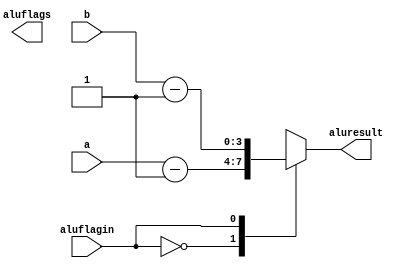
`timescale 1ns / 1ps
//////////////////////////////////////////////////////////////////////////////////
// Company: 
// Engineer: 
// 
// Design Name: 
// Module Name: Res1
// Project Name: 
// Target Devices: 
// Tool Versions: 
// Description: 
// 
// Dependencies: 
// 
// Revision:
// Revision 0.01 - File Created
// Additional Comments:
// 
//////////////////////////////////////////////////////////////////////////////////


module Res1 #(parameter ancho=4)(
    input [ancho-1:0]a, b, 
    input aluflagin,
    output reg [ancho-1:0]aluresult, 
    output reg aluflags
    );
    
    always @(*) begin
        case(aluflagin)
            1'b0: aluresult=a-1;
            1'b1: aluresult=b-1;
        endcase
    end
endmodule